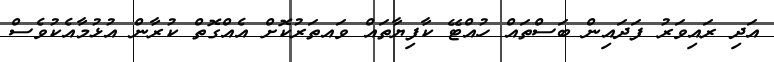
އަދި ރައިވަރު ފަދައިން ބަސްތައް ހުއްޓޭ ކާފިޔާތައް ވައތަރުކޮށް އެއްގޮތް ކުރާން އުޅުމާއެކުވެސް